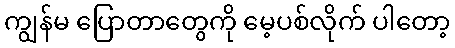
ကျွန်မ ပြောတာတွေကို မေ့ပစ်လိုက် ပါတော့